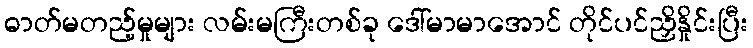
ဓာတ်မတည့်မှုများ လမ်းမကြီးတစ်ခု ဒေါ်မာမာအောင် တိုင်ပင်ညှိနှိုင်းပြီး